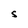
Character: S